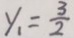
y _ { 1 } = \frac { 3 } { 2 }